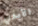
الأيدي